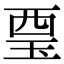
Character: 𧟪